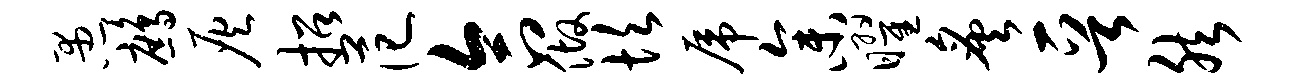
愚鹧灰招范合做坎虎参曜炙晋然